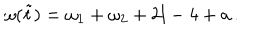
\omega ( \tilde { t } ) = \omega _ { 1 } + \omega _ { 2 } + 2 l - 4 + a \, .